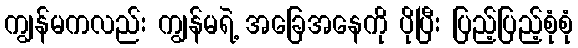
ကျွန်မကလည်း ကျွန်မရဲ့ အခြေအနေကို ပိုပြီး ပြည့်ပြည့်စုံစုံ